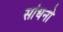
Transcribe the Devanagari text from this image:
सांधनो